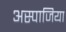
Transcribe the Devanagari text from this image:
अस्पाजिया